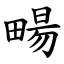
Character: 畼